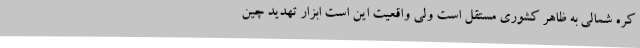
کره شمالی به ظاهر کشوری مستقل است ولی واقعیت این است ابزار تهدید چین